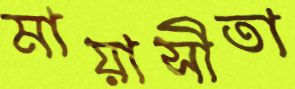
মায়াসীতা